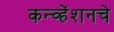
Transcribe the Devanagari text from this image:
कन्व्हेंशनचे